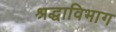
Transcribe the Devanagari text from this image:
श्रद्धाविभाग